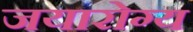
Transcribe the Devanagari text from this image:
जयारोग्य